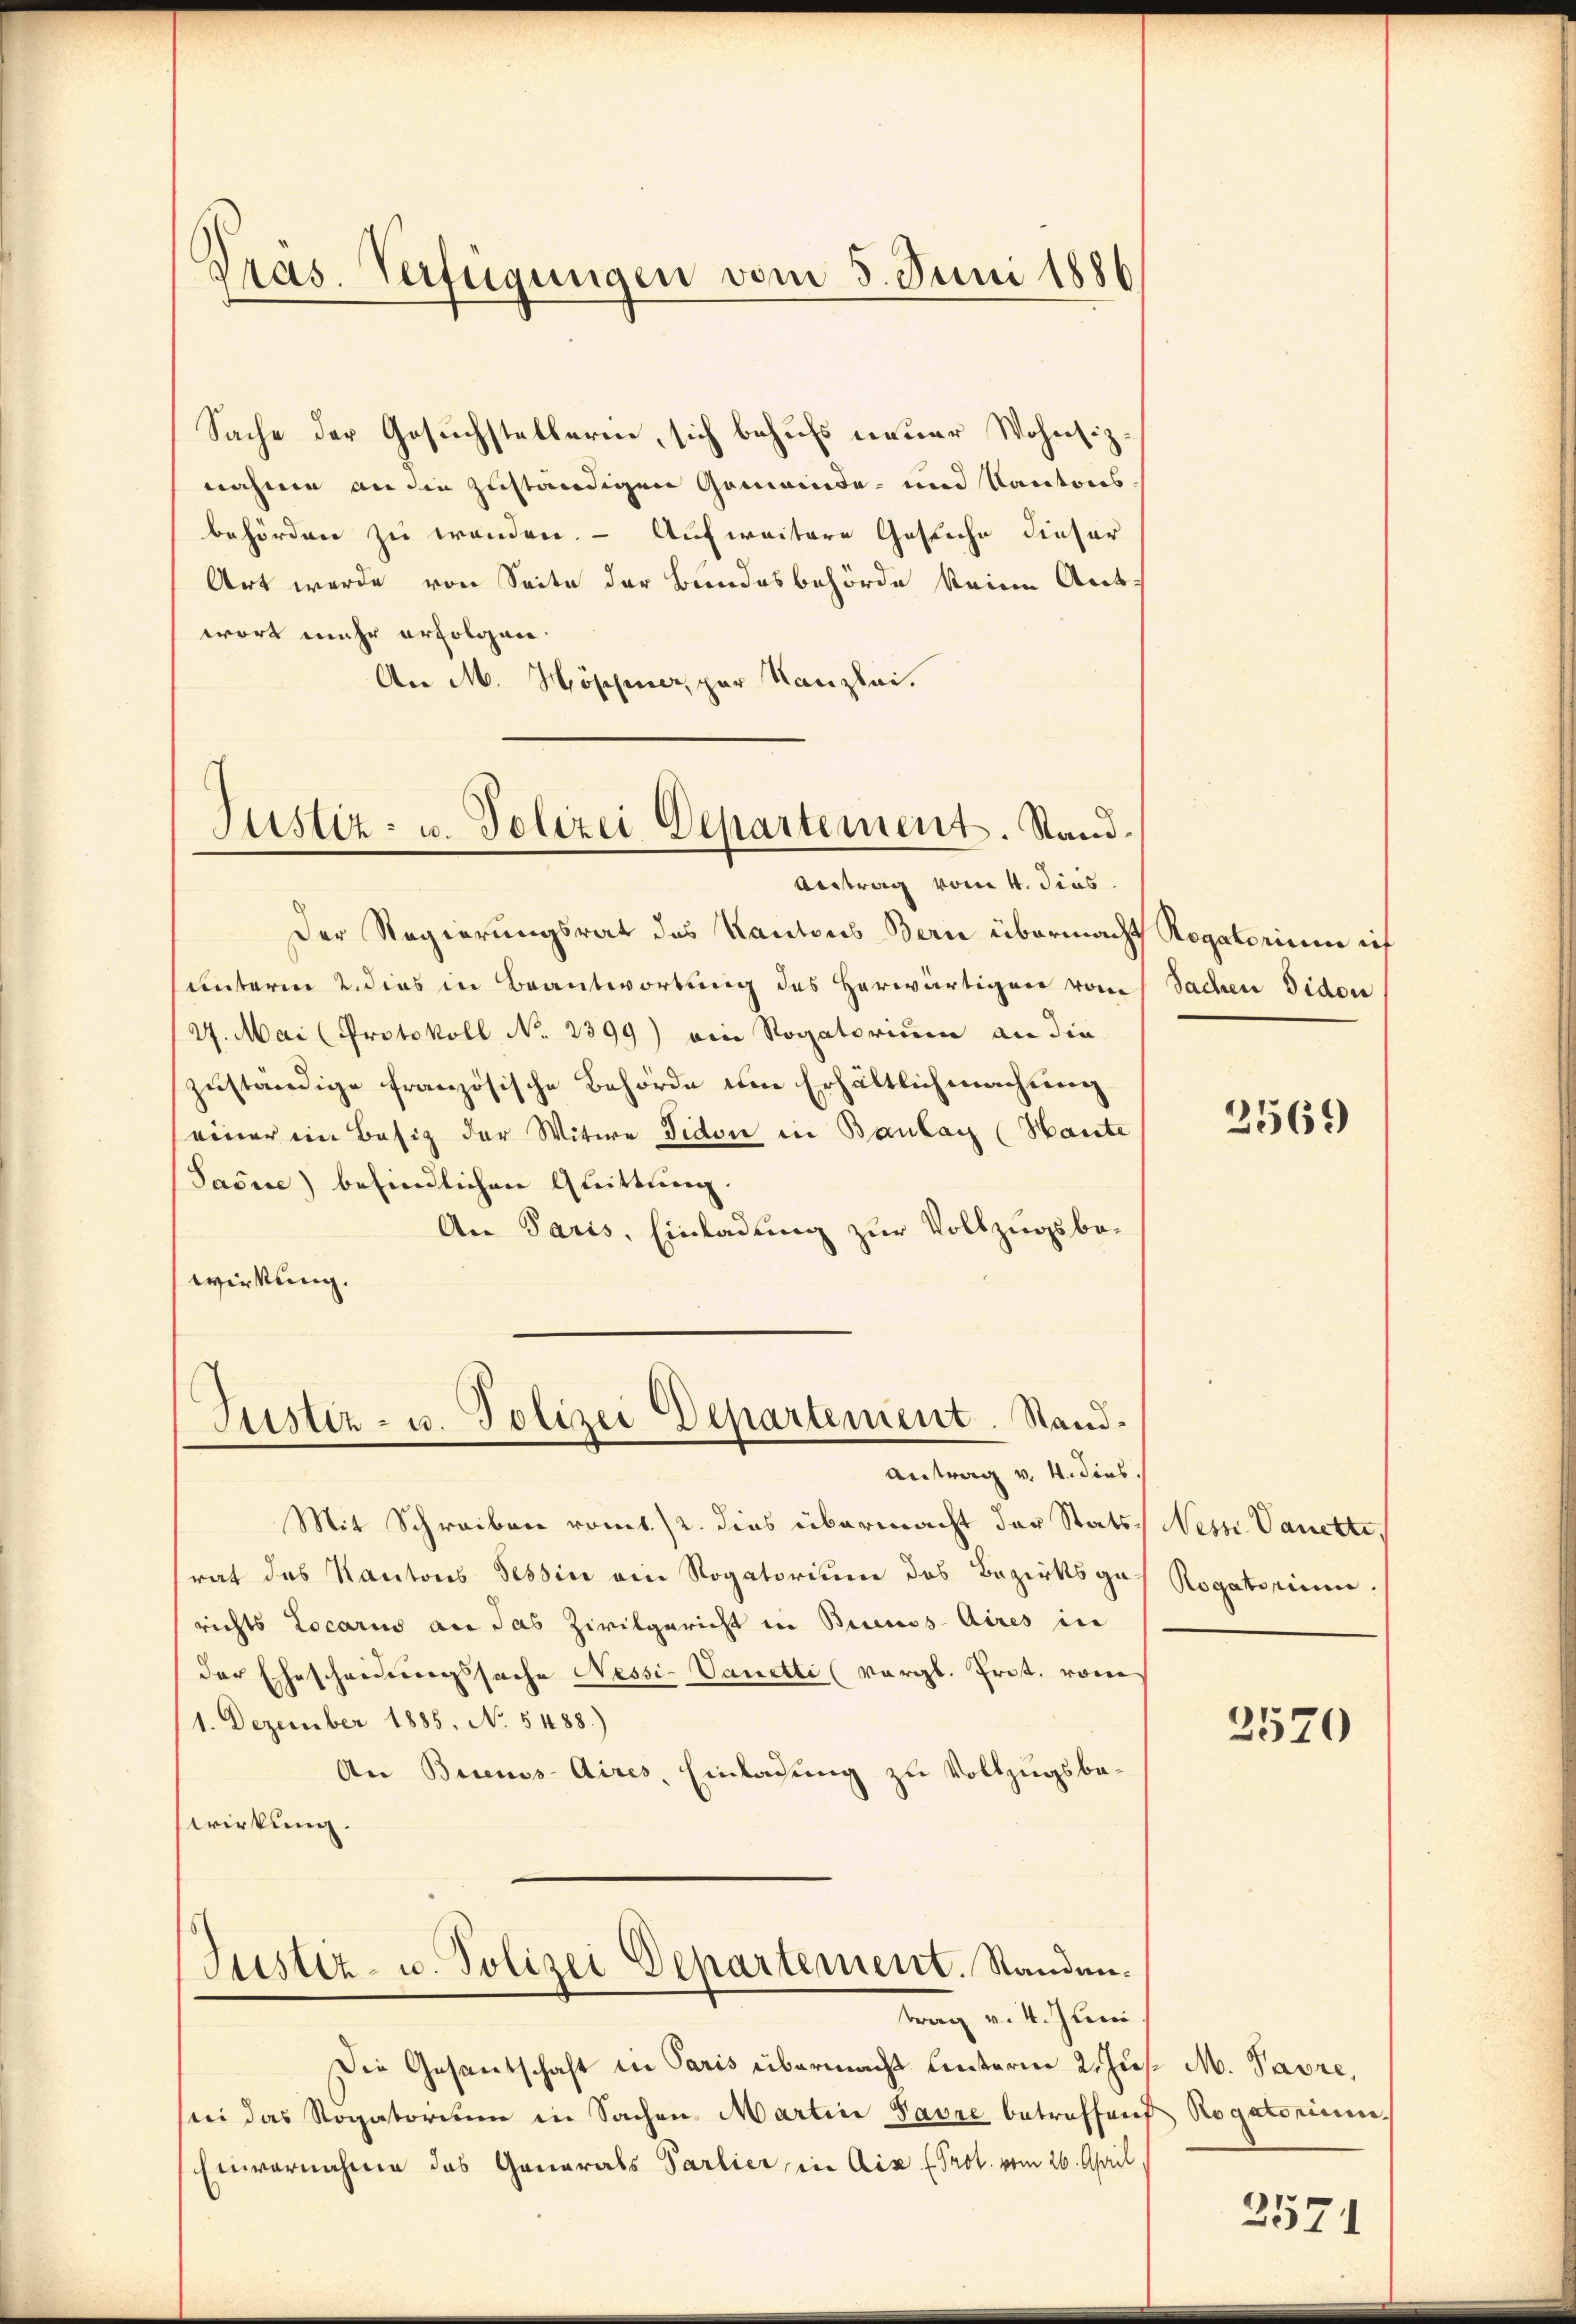
Dras. Verfügungen vom 5. Juni 1886

Justiz- u. Polizei Departement. Stand.
Antrag vom 4. dies

Antrag v. 4. dies

Sache der Gesuchstellerin, sich behufs neuer Wohnsiznahme an die zuständigen Gemeinde- und Kantons-
behörden zu wenden. — Aufweitere Gesuche dieser
Art werde von Seite der Bundesbehörde keine Ant.
wort mehr erfolgen.
An M. Höppier, par Kanzlei.
Der Regierungsrat des Kantons Bern übermacht Rogatorium eit
unterm 2. dies in Beantwortung des Herwärtigen vom
4. Mai (Protokoll No 2399) ein Rogatorium an die
zuständige französische Behörde um Erhältlich machung
einer ein Basis der Witwe Vidon in Baulay (Haute
Savue) befindlichen Quittung.
An Paris, Einladung zur Vollzugsbe¬
Wirkung.
Justiz- u. Polizei Departement. Stand¬

Mit Schreiben romt./2. dies übermacht der Statsrat das Kantons Tessin ein Rogatorium des Bezirksgerichts Locario an das Zivilgericht in Buenos-Aires in
der Ehescheinungssache Nessi-Vanetti (vergl. Prot. vom
1. Dezember 1885, No 5488.)
An Buenos-Aires, Einladung zu Vollzugsbewirkung.
Justiz- u. Polizei Departement. Standen.
trag v. 4. Juni.
Die Gesantschaft in Paris übermacht unterm 2. Jus. M. Pavre,
ii das Rogatorium in Sachen Martine Favre betreffend Rogatorium.
Einvernahme das Generals Parlier in Aix. Prot. vom 26. April

Sachen Sidon

2569

Ness Vanette,
Rogatorium.

2570

2571